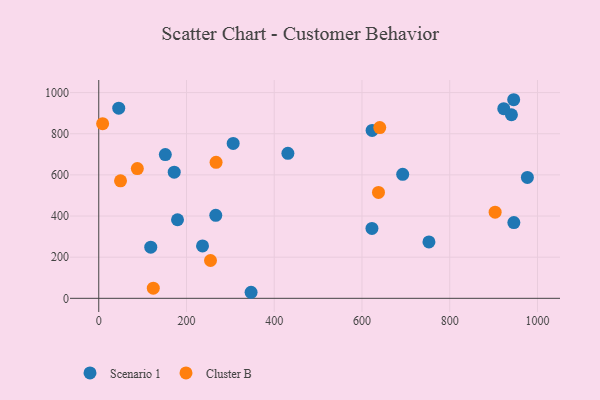
{"axis": {"x": "Engine Size", "y": "Salary"}, "legend": ["Cluster B", "Scenario 1"], "data": [{"x": "236.5", "y": 254.7, "type": "Scenario 1"}, {"x": "179.5", "y": 382.0, "type": "Scenario 1"}, {"x": "118.5", "y": 248.5, "type": "Scenario 1"}, {"x": "940.7", "y": 892.4, "type": "Scenario 1"}, {"x": "945.8", "y": 965.4, "type": "Scenario 1"}, {"x": "977.0", "y": 587.5, "type": "Scenario 1"}, {"x": "946.2", "y": 368.2, "type": "Scenario 1"}, {"x": "172.0", "y": 613.2, "type": "Scenario 1"}, {"x": "623.1", "y": 816.4, "type": "Scenario 1"}, {"x": "622.7", "y": 339.7, "type": "Scenario 1"}, {"x": "692.8", "y": 603.0, "type": "Scenario 1"}, {"x": "923.2", "y": 921.8, "type": "Scenario 1"}, {"x": "752.6", "y": 274.3, "type": "Scenario 1"}, {"x": "151.7", "y": 698.8, "type": "Scenario 1"}, {"x": "306.4", "y": 752.9, "type": "Scenario 1"}, {"x": "266.7", "y": 403.5, "type": "Scenario 1"}, {"x": "45.5", "y": 924.4, "type": "Scenario 1"}, {"x": "431.1", "y": 704.7, "type": "Scenario 1"}, {"x": "347.2", "y": 29.4, "type": "Scenario 1"}, {"x": "903.5", "y": 418.9, "type": "Cluster B"}, {"x": "87.9", "y": 630.6, "type": "Cluster B"}, {"x": "49.6", "y": 571.2, "type": "Cluster B"}, {"x": "124.3", "y": 49.1, "type": "Cluster B"}, {"x": "254.7", "y": 183.8, "type": "Cluster B"}, {"x": "640.5", "y": 830.0, "type": "Cluster B"}, {"x": "267.4", "y": 661.0, "type": "Cluster B"}, {"x": "637.6", "y": 515.0, "type": "Cluster B"}, {"x": "8.8", "y": 848.9, "type": "Cluster B"}]}